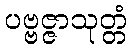
ပဗ္ဗဇ္ဇာသုတ္တံ